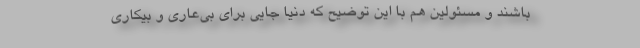
باشند و مسئولین هم با این توضیح که دنیا جایی برای بی‌عاری و بیکاری